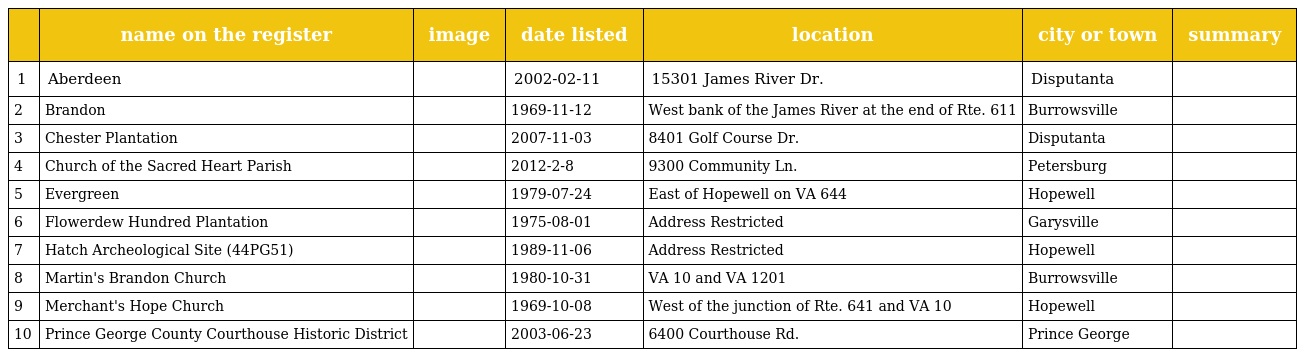
|  | name on the register | image | date listed | location | city or town | summary |
 | --- | --- | --- | --- | --- | --- | --- |
 | 1 | Aberdeen |  | 2002-02-11 | 15301 James River Dr. | Disputanta |  |
 | 2 | Brandon |  | 1969-11-12 | West bank of the James River at the end of Rte. 611 | Burrowsville |  |
 | 3 | Chester Plantation |  | 2007-11-03 | 8401 Golf Course Dr. | Disputanta |  |
 | 4 | Church of the Sacred Heart Parish |  | 2012-2-8 | 9300 Community Ln. | Petersburg |  |
 | 5 | Evergreen |  | 1979-07-24 | East of Hopewell on VA 644 | Hopewell |  |
 | 6 | Flowerdew Hundred Plantation |  | 1975-08-01 | Address Restricted | Garysville |  |
 | 7 | Hatch Archeological Site (44PG51) |  | 1989-11-06 | Address Restricted | Hopewell |  |
 | 8 | Martin's Brandon Church |  | 1980-10-31 | VA 10 and VA 1201 | Burrowsville |  |
 | 9 | Merchant's Hope Church |  | 1969-10-08 | West of the junction of Rte. 641 and VA 10 | Hopewell |  |
 | 10 | Prince George County Courthouse Historic District |  | 2003-06-23 | 6400 Courthouse Rd. | Prince George |  |